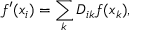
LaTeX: f ^ { \prime } ( x _ { i } ) = \sum _ { k } D _ { i k } f ( x _ { k } ) ,